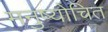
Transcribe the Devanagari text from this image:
मनुष्योचित